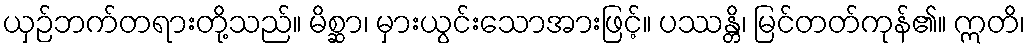
ယှဉ်ဘက်တရားတို့သည်။ မိစ္ဆာ၊ မှားယွင်းသောအားဖြင့်။ ပဿန္တိ၊ မြင်တတ်ကုန်၏။ ဣတိ၊